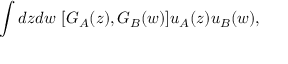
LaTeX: \int d z d w \ [ G _ { A } ( z ) , G _ { B } ( w ) ] u _ { A } ( z ) u _ { B } ( w ) ,